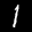
Label: 1